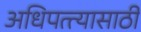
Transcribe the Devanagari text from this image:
अधिपत्त्यासाठी